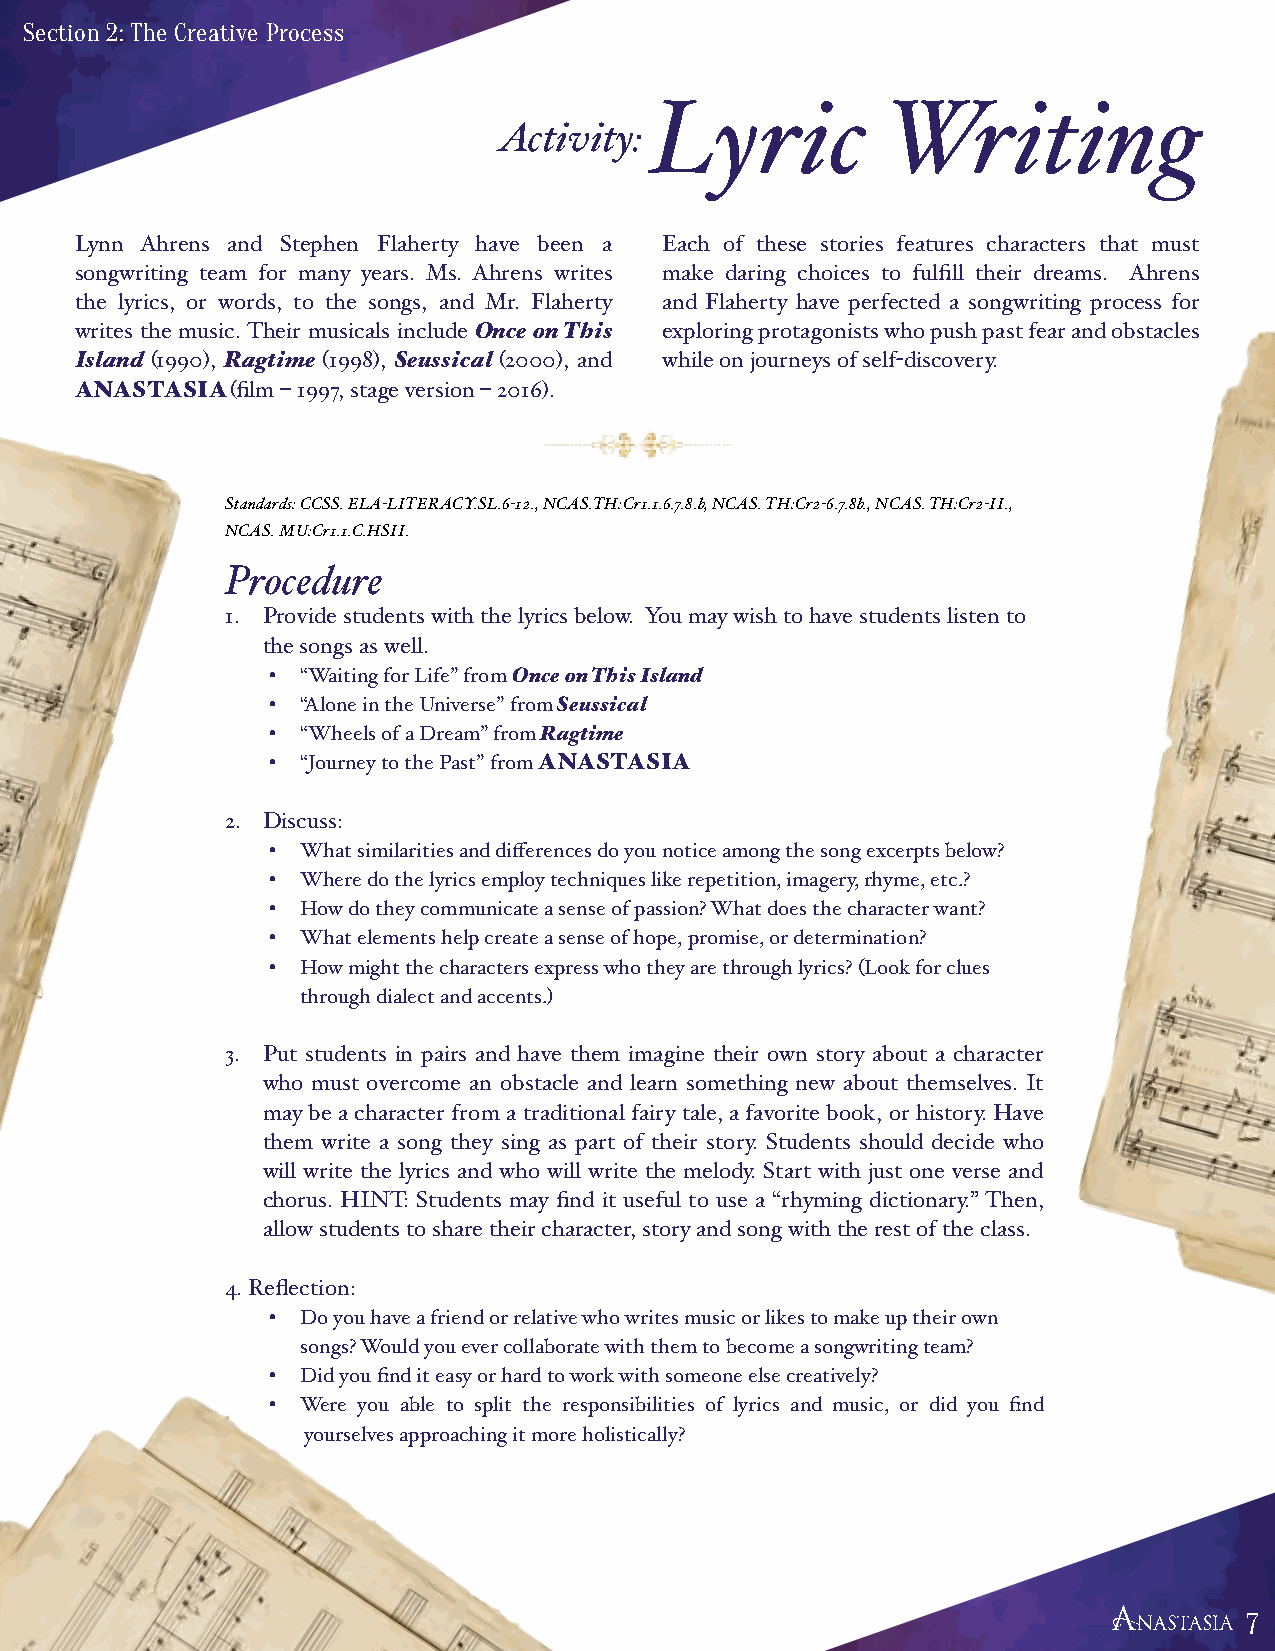
Section 2: The Creative Process
 Lyric           Writing
 Activity:
 Lynn Ahrens and Stephen Flaherty have been a Each of these stories features characters that must
 songwriting team for many years. Ms. Ahrens writes make daring choices to fulfill their dreams. Ahrens
 the lyrics, or words, to the songs, and Mr. Flaherty and Flaherty have perfected a songwriting process for
 writes the music. Their musicals include Once on This exploring protagonists who push past fear and obstacles
 Island (1990), Ragtime (1998), Seussical (2000), and while on journeys of self-discovery.
 ANASTASIA (film – 1997, stage version – 2016).
 Standards: CCSS. ELA-LITERACY.SL.6-12., NCAS.TH:Cr1.1.6.7.8.b, NCAS. TH:Cr2-6.7.8b., NCAS. TH:Cr2-II.,
 NCAS. MU:Cr1.1.C.HSII.
 Procedure
 1. Provide students with the lyrics below. You may wish to have students listen to
 the songs as well.
 • “Waiting for Life” from Once on This Island
 • “Alone in the Universe” from Seussical
 • “Wheels of a Dream” from Ragtime
 • “Journey to the Past” from ANASTASIA
 2. Discuss:
 • What similarities and differences do you notice among the song excerpts below?
 • Where do the lyrics employ techniques like repetition, imagery, rhyme, etc.?
 • How do they communicate a sense of passion? What does the character want?
 • What elements help create a sense of hope, promise, or determination?
 • How might the characters express who they are through lyrics? (Look for clues
 through dialect and accents.)
 3. Put students in pairs and have them imagine their own story about a character
 who must overcome an obstacle and learn something new about themselves. It
 may be a character from a traditional fairy tale, a favorite book, or history. Have
 them write a song they sing as part of their story. Students should decide who
 will write the lyrics and who will write the melody. Start with just one verse and
 chorus. HINT: Students may find it useful to use a “rhyming dictionary.” Then,
 allow students to share their character, story and song with the rest of the class.
 4. Reflection:
 • Do you have a friend or relative who writes music or likes to make up their own
 songs? Would you ever collaborate with them to become a songwriting team?
 • Did you find it easy or hard to work with someone else creatively?
 • Were you able to split the responsibilities of lyrics and music, or did you find
 yourselves approaching it more holistically?
 7